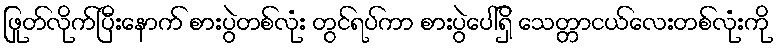
ဖြုတ်လိုက်ပြီးနောက် စားပွဲတစ်လုံး တွင်ရပ်ကာ စားပွဲပေါ်ရှိ သေတ္တာငယ်လေးတစ်လုံးကို